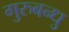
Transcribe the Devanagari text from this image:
गुरुबन्‍धु